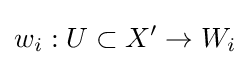
w_{i}:U\subset X'\to W_{i}